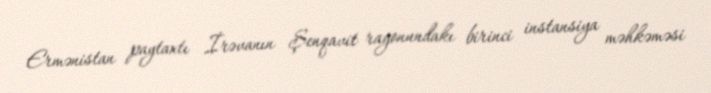
Ermənistan paytaxtı İrəvanın Şenqavit rayonundakı birinci instansiya məhkəməsi